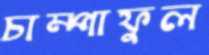
চাম্পাফুল